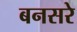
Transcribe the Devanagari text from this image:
बनसरे